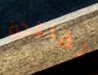
لقاعدة